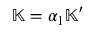
\mathbb { K } = \alpha _ { 1 } \mathbb { K } ^ { \prime }